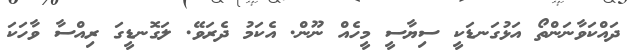
ދައްކަވާނަންތޯ އަޅުގަނޑަކީ ސިޔާސީ މީހެއް ނޫން. އެކަމު ދެރަވޭ. ލަގޮނޑީގަ ރިއްސާ ވާހަކަ